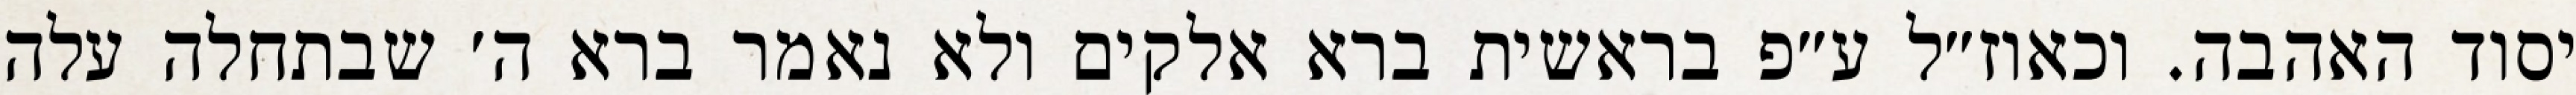
יסוד האהבה. וכאוז״ל ע״פ בראשית ברא אלקים ולא נאמר ברא ה׳ שבתחלה עלה